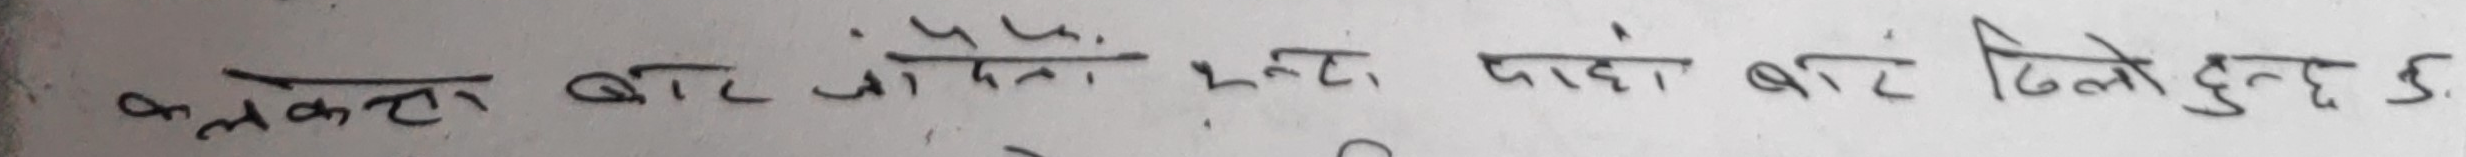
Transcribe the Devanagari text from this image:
कलकत्ता बाट जाँदा, एउटा पाहा बाट ढिलो हुन्छ।